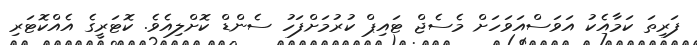
ފަރިތަ ކަމާއެކު އަވަސްއަވަހަށް މެސެޖް ޓައިޕް ކުރުމަށްފަހު ސެންޑް ކޮށްލިއެވެ. ކޮޓަރީގެ އެއްކޮޓަރި